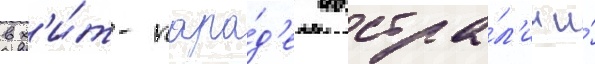
в х'и́т-пара́д'е австра́л'ии и́